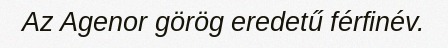
Az Agenor görög eredetű férfinév.